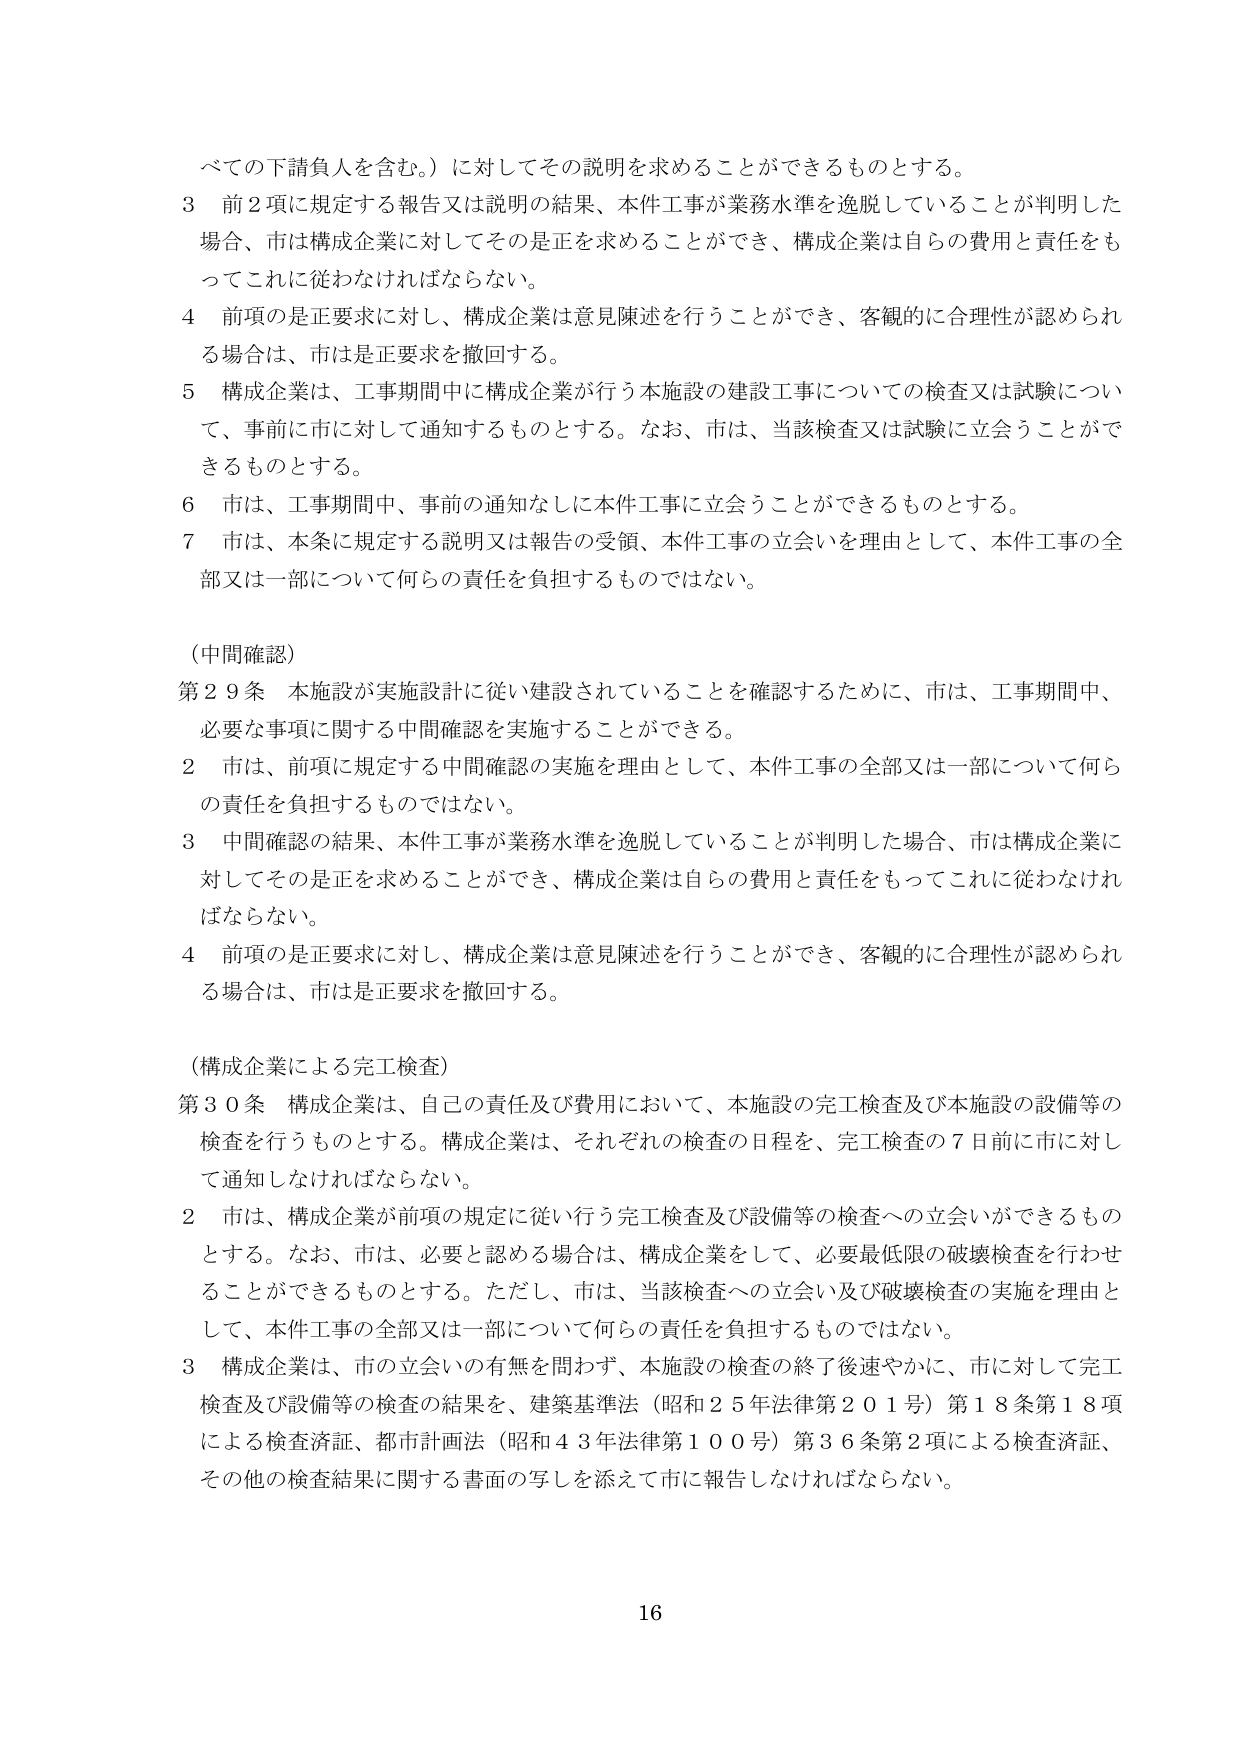
べての下請負人を含む。）に対してその説明を求めることができるものとする。

３ 前２項に規定する報告又は説明の結果、本件工事が業務水準を逸脱していることが判明した場合、市は構成企業に対してその是正を求めることができ、構成企業は自らの費用と責任をもってこれに従わなければならない。

４ 前項の是正要求に対し、構成企業は意見陳述を行うことができ、客観的に合理性が認められる場合は、市は是正要求を撤回する。

５ 構成企業は、工事期間中に構成企業が行う本施設の建設工事についての検査又は試験について、事前に市に対して通知するものとする。なお、市は、当該検査又は試験に立会うことができるものとする。

６ 市は、工事期間中、事前の通知なしに本件工事に立会うことができるものとする。

７ 市は、本条に規定する説明又は報告の受領、本件工事の立会いを理由として、本件工事の全部又は一部について何らの責任を負担するものではない。

（中間確認）

第２９条 本施設が実施設計に従い建設されていることを確認するために、市は、工事期間中、必要な事項に関する中間確認を実施することができる。

２ 市は、前項に規定する中間確認の実施を理由として、本件工事の全部又は一部について何らの責任を負担するものではない。

３ 中間確認の結果、本件工事が業務水準を逸脱していることが判明した場合、市は構成企業に対してその是正を求めることができ、構成企業は自らの費用と責任をもってこれに従わなければならない。

４ 前項の是正要求に対し、構成企業は意見陳述を行うことができ、客観的に合理性が認められる場合は、市は是正要求を撤回する。

（構成企業による完工検査）

第３０条 構成企業は、自己の責任及び費用において、本施設の完工検査及び本施設の設備等の検査を行うものとする。構成企業は、それぞれの検査の日程を、完工検査の７日前に市に対して通知しなければならない。

２ 市は、構成企業が前項の規定に従い行う完工検査及び設備等の検査への立会いができるものとする。なお、市は、必要と認める場合は、構成企業をして、必要最低限の破壊検査を行わせることができるものとする。ただし、市は、当該検査への立会い及び破壊検査の実施を理由として、本件工事の全部又は一部について何らの責任を負担するものではない。

３ 構成企業は、市の立会いの有無を問わず、本施設の検査の終了後速やかに、市に対して完工検査及び設備等の検査の結果を、建築基準法（昭和２５年法律第２０１号）第１８条第１８項による検査済証、都市計画法（昭和４３年法律第１００号）第３６条第２項による検査済証、その他の検査結果に関する書面の写しを添えて市に報告しなければならない。

16